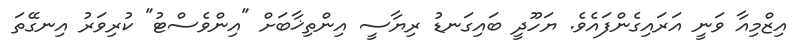
އިޒްމިއާ ވަނީ އަރައިގެންފައެވެ. ޔަހޫދީ ބައިގަނޑު ރިޔާސީ އިންތިޚާބަށް "އިންވެސްޓު" ކުރިވަރު އިނގޭތަ